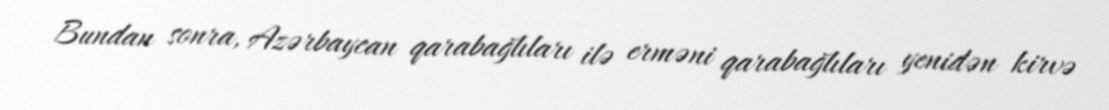
Bundan sonra, Azərbaycan qarabağlıları ilə erməni qarabağlıları yenidən kirvə